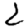
Digit: 2